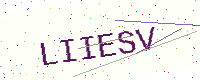
Text: LIIESV